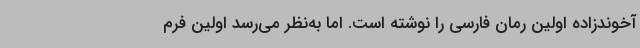
آخوندزاده اولین رمان فارسی را نوشته است. اما به‌نظر می‌رسد اولین فرم